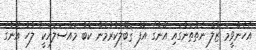
އެހެންވީމަ ޒާލް ނެތްތަނުގައި އޭނާގެ އޮފާ ޤަބޫލުކުރުމުން ކޮބާ މައްސަލައަކީ" ލުހާ އޭނާގެ